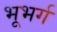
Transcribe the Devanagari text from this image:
भूभर्ग